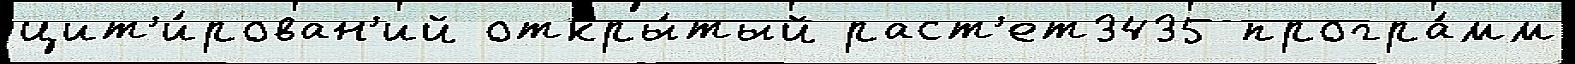
цит'и́рован'ий откры́тый раст'ет3435 програ́мм